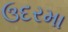
ઉદરમા